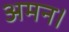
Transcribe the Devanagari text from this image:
अमन।